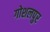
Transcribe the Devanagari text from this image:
गोशलपुर